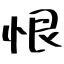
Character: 恨